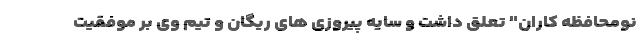
نومحافظه کاران" تعلق داشت و سایه پیروزی های ریگان و تیم وی بر موفقیت